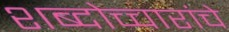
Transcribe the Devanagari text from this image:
शब्दोच्चारांचे